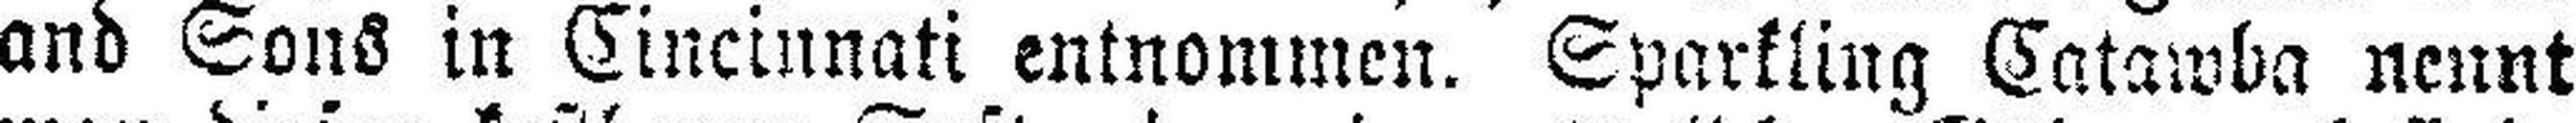
and Sons in Cincinnati entnommen. Sparkling Catawba nennt